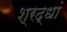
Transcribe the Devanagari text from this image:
श्रद्धां